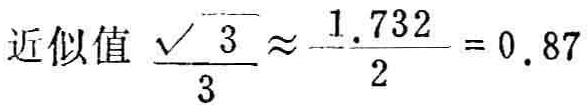
$近似值\frac{\sqrt{3}}{3}\approx\frac{1.732}{2}=0.87$